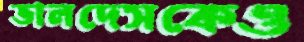
ভালদেসকেও